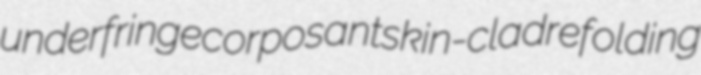
underfringe corposant skin-clad refolding